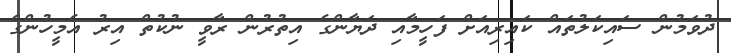
ދުވަމުން ސައިކަލުތައް ކައިރިއަށް ފަހީމާއި ދަޔާންގެ އިތުރުން ރާވީ ނުކުތް އިރު އެމީހުންގެ